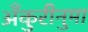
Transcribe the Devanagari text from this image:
अँकुरीनुमा